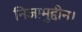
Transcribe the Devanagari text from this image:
निजामुद्दीन।